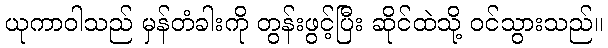
ယုကာဝါသည် မှန်တံခါးကို တွန်းဖွင့်ပြီး ဆိုင်ထဲသို့ ဝင်သွားသည်။